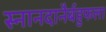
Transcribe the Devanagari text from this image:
स्नानदानैर्बहुफला